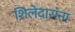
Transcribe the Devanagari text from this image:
शिलेदारांना